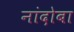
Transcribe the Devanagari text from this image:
नांदोबा